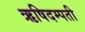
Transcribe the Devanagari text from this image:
ऋषिदम्पती